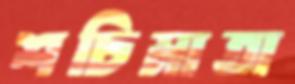
শচিমাতা